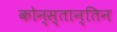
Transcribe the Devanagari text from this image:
कोन्स्तान्तिन